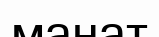
манат